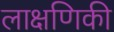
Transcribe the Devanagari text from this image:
लाक्षणिकी